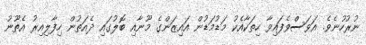
ނުރުހުނެވެ. އަވަސްވެފައިވާ ހިތަކާއެކު މަޑުމަޑުން އައިޒަންގެ މޫނާއި ބޮލުގައި ދެއަތުން ހިފާލިއިރު އެތޫނު